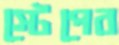
স্টেপের